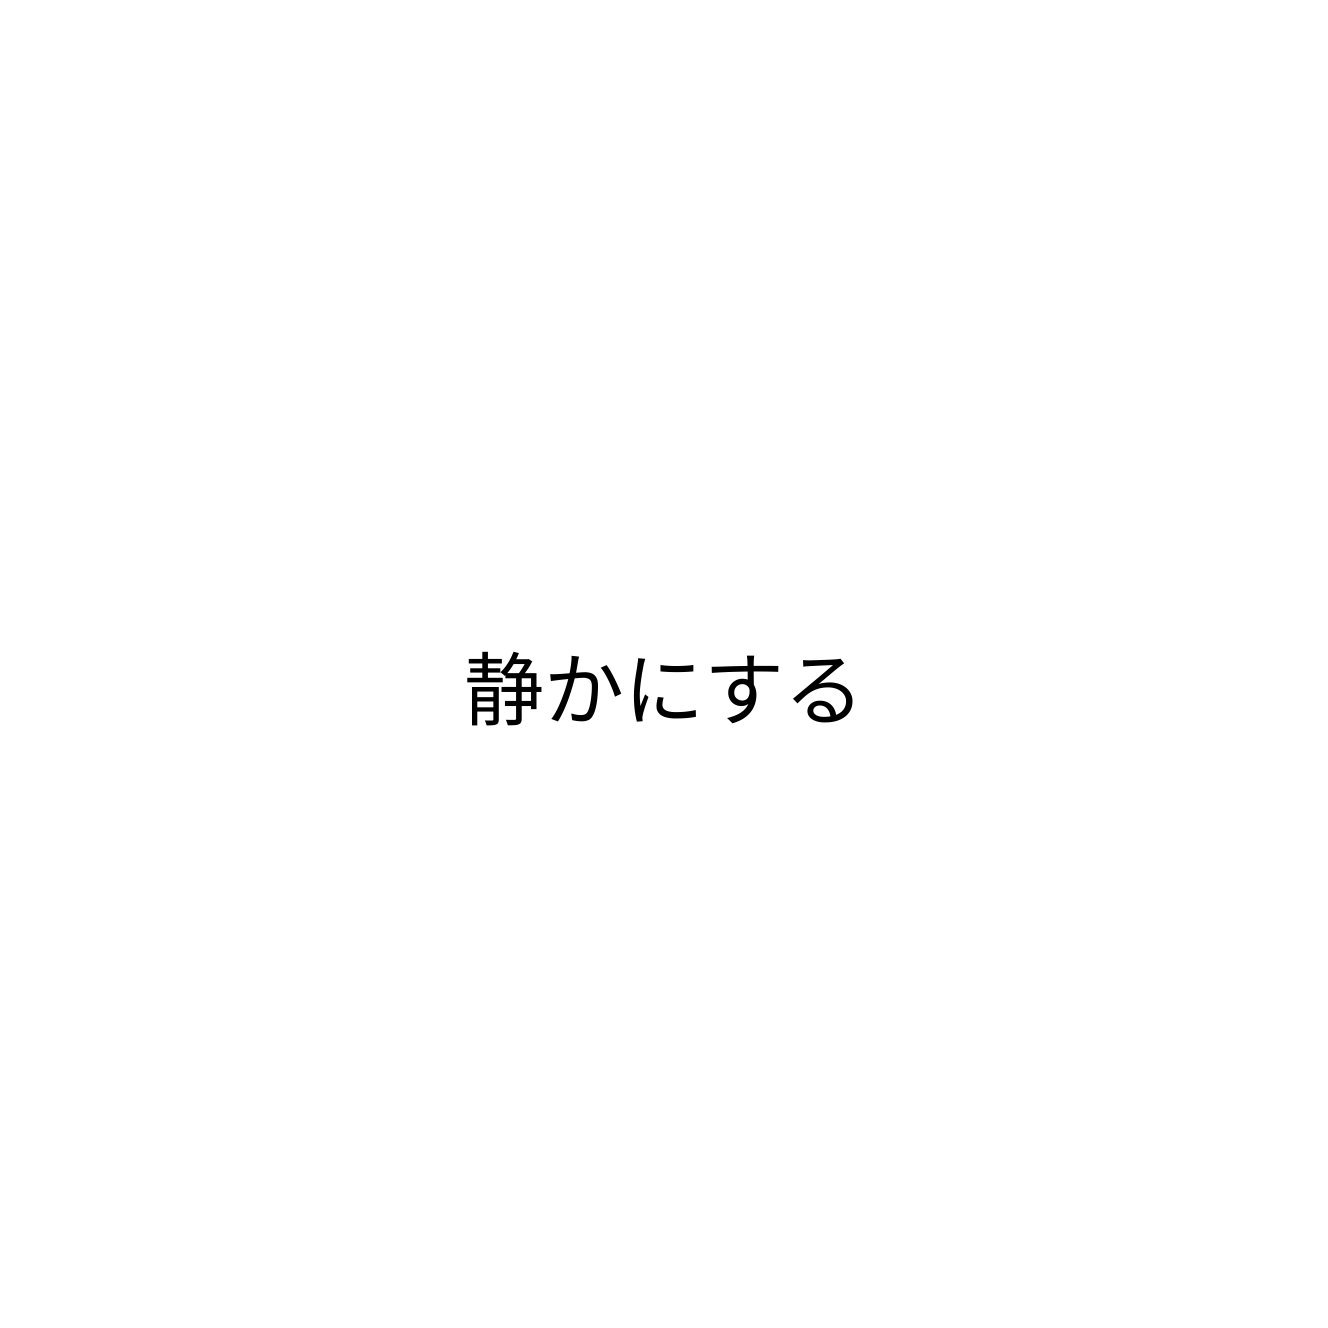
静かにする